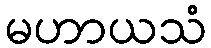
မဟာယသံ